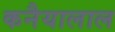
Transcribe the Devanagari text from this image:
कनैयालाल